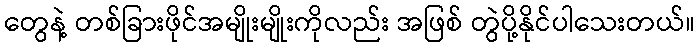
တွေနဲ့ တစ်ခြားဖိုင်အမျိုးမျိုးကိုလည်း အဖြစ် တွဲပို့နိုင်ပါသေးတယ်။